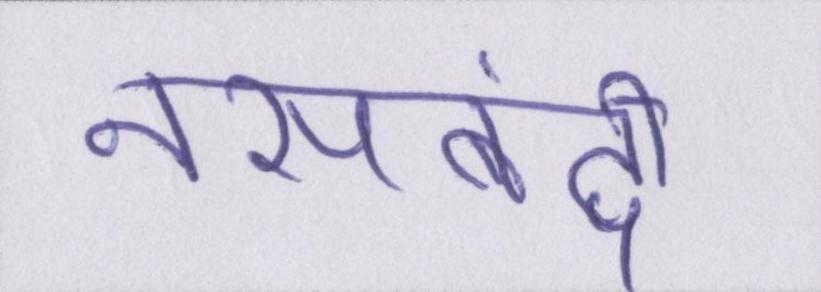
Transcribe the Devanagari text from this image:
नसबंदी